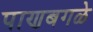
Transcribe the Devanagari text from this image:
पाणबगळे